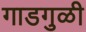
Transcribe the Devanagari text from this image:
गाडगुळी